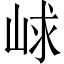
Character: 㟈